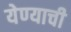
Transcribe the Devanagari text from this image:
येण्‍याची